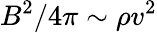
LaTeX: B^{2}/4\pi\sim\rho v^{2}